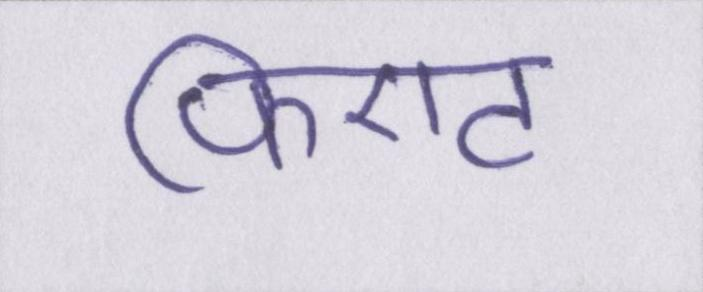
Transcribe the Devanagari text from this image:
फिएट